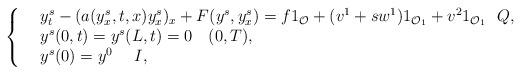
LaTeX: \begin{align*}\left\{\begin{array}{rl}&y^s_t - (a(y_x^s,t,x) y^s_x)_x + F(y^s,y_x^s) = f {1}_\mathcal{O} + (v^1+sw^1) {1}_{\mathcal{O}_1} + v^2 1_{\mathcal{O}_1} \ \ Q,\\&y^s(0,t) = y^s(L,t) = 0\ \ \ (0,T),\\&y^s(0) = y^{0}\ \ \ \ I,\end{array}\right.\end{align*}